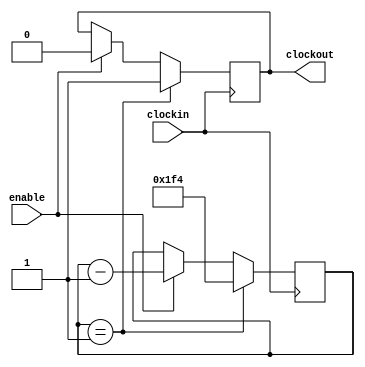
module div2500(
		clockout,
		enable,
		clockin
		);

		input clockin;
		input enable;
		output reg clockout;

		parameter BIT_SZ = 12;
		reg [BIT_SZ-1:0] count;

	initial count = 12'd500;

	always @ (posedge clockin)
			if (count == 1'b1) begin
				clockout <= 1'b1;
				count <= 12'd500;
			end
			else if (enable == 1'b1)begin
				clockout <= 1'b0;
				count <= count - 1'b1;
			end


endmodule